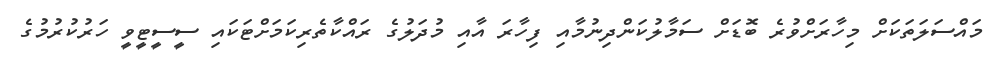
މައްސަލަތަކަށް މިހާރަށްވުރެ ބޮޑަށް ސަމާލުކަންދިނުމާއި ފިހާރަ އާއި މުދަލުގެ ރައްކާތެރިކަމަށްޓަކައި ސީސީޓީވީ ހަރުކުރުމުގެ